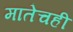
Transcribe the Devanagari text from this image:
मातेचही